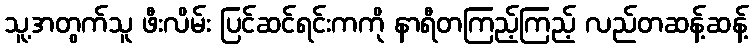
သူ့အတွက်သူ ဖီးလိမ်း ပြင်ဆင်ရင်းကကို နာရီတကြည့်ကြည့် လည်တဆန့်ဆန့်